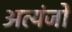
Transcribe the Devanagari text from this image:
अत्यंजों